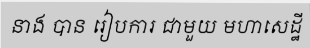
នាង បាន រៀបការ ជាមួយ មហាសេដ្ឋី